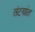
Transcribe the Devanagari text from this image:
तंटयांत